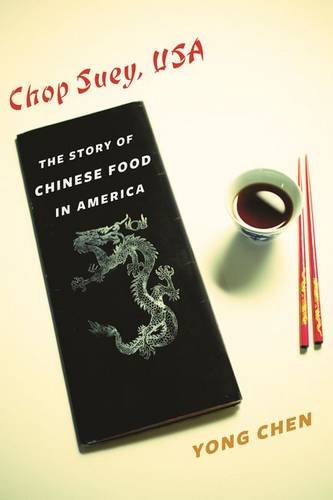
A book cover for Chop Suey, USA: The Story of Chinese Food in America (Arts and Traditions of the Table: Perspectives on Culinary History); Yong Chen; Cookbooks, Food & Wine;